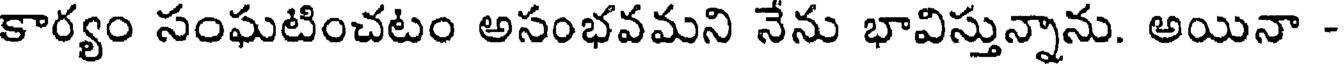
కార్యం సంఘటించటం అసంభవమని నేను భావిస్తున్నాను. అయినా -